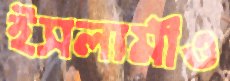
ইসলামীও